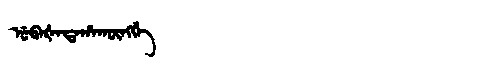
Manchu: ᡠᠪᠠᡧᠠᡨᠠᡥᠠᡴᡡᠩᡤᡝ
Romanization: UBAŠATAHAKŪNGGE